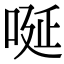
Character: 唌